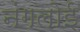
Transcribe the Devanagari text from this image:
नंगलोई